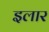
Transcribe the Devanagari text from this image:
इलार